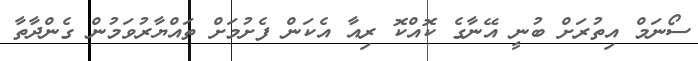
ސޯނަމް އިތުރަށް ބުނީ އޭނާގެ ކޮއްކޮ ރިއާ އެކަން ފެށުމަށް ތައްޔާރުވަމުން ގެންދާތާ